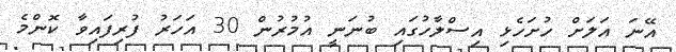
އޭނަ އަލަށް ހުށަހެޅި އިސްލާހުގައި ބުނަނީ އުމުރުން 30 އަހަރު ފުރިފައިވާ ކޮންމެ